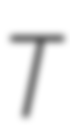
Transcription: T